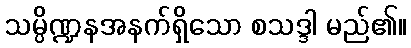
သမ္ပိဏ္ဍနအနက်ရှိသော စသဒ္ဒါ မည်၏။